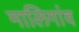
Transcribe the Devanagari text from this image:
मालिगांव